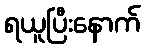
ရယူပြီးနောက်